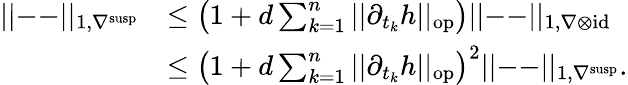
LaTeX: \begin{array}{rl}{||\mathrm{--}||_{1,\nabla^{\mathrm{susp}}}}&{\leq\left(1+d\sum_{k=1}^{n}||\partial_{t_{k}}h||_{\mathrm{op}}\right)||\mathrm{--}||_{1,\nabla\otimes\mathrm{id}}}\\ &{\leq\left(1+d\sum_{k=1}^{n}||\partial_{t_{k}}h||_{\mathrm{op}}\right)^{2}||\mathrm{--}||_{1,\nabla^{\mathrm{susp}}}.}\end{array}